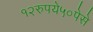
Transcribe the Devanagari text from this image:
१२रुपये५०पेसे